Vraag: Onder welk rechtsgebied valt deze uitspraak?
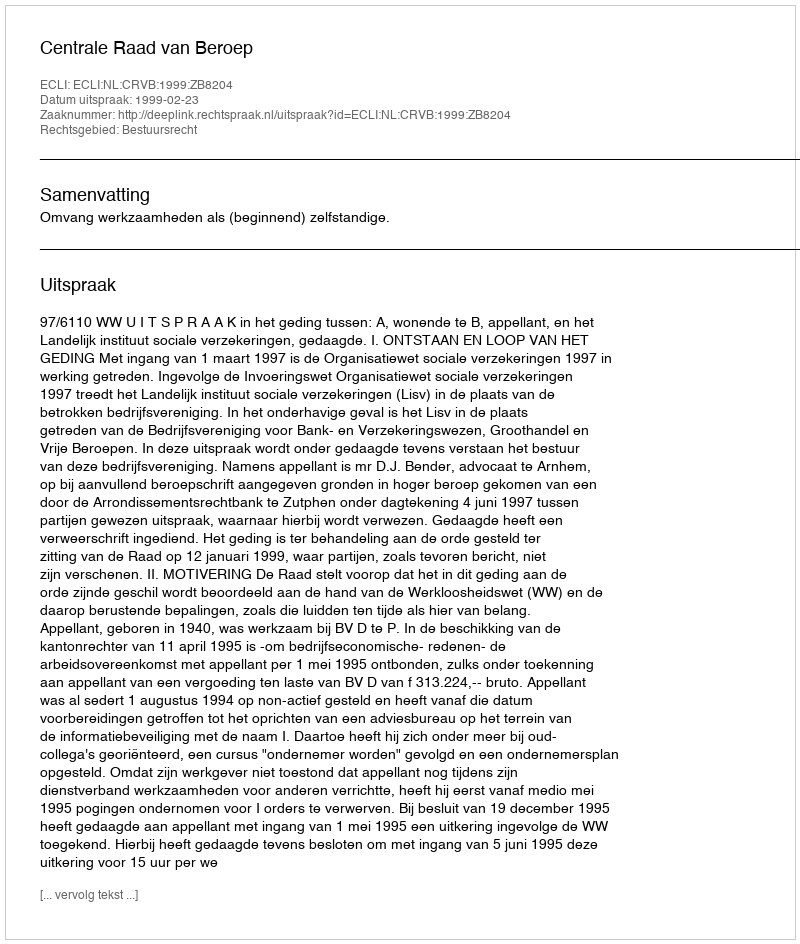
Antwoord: Bestuursrecht